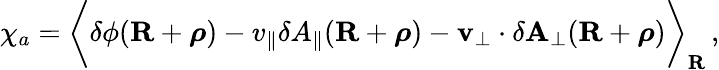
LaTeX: \begin{array}{r}{\chi_{a}=\biggl\langle\delta\phi(\mathbf{R}+\boldsymbol{\rho})-v_{\parallel}\delta A_{\parallel}(\mathbf{R}+\boldsymbol{\rho})-\mathbf{v}_{\perp}\cdot\delta\mathbf{A}_{\perp}(\mathbf{R}+\boldsymbol{\rho})\biggr\rangle_{\mathbf{R}}\, ,}\end{array}